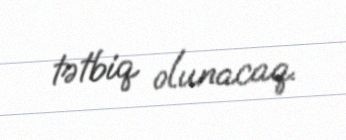
tətbiq olunacaq.